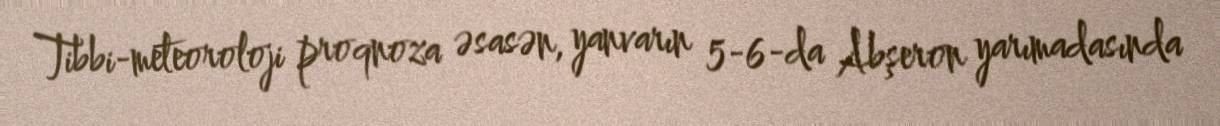
Tibbi-meteoroloji proqnoza əsasən, yanvarın 5-6-da Abşeron yarımadasında